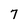
Character: 7